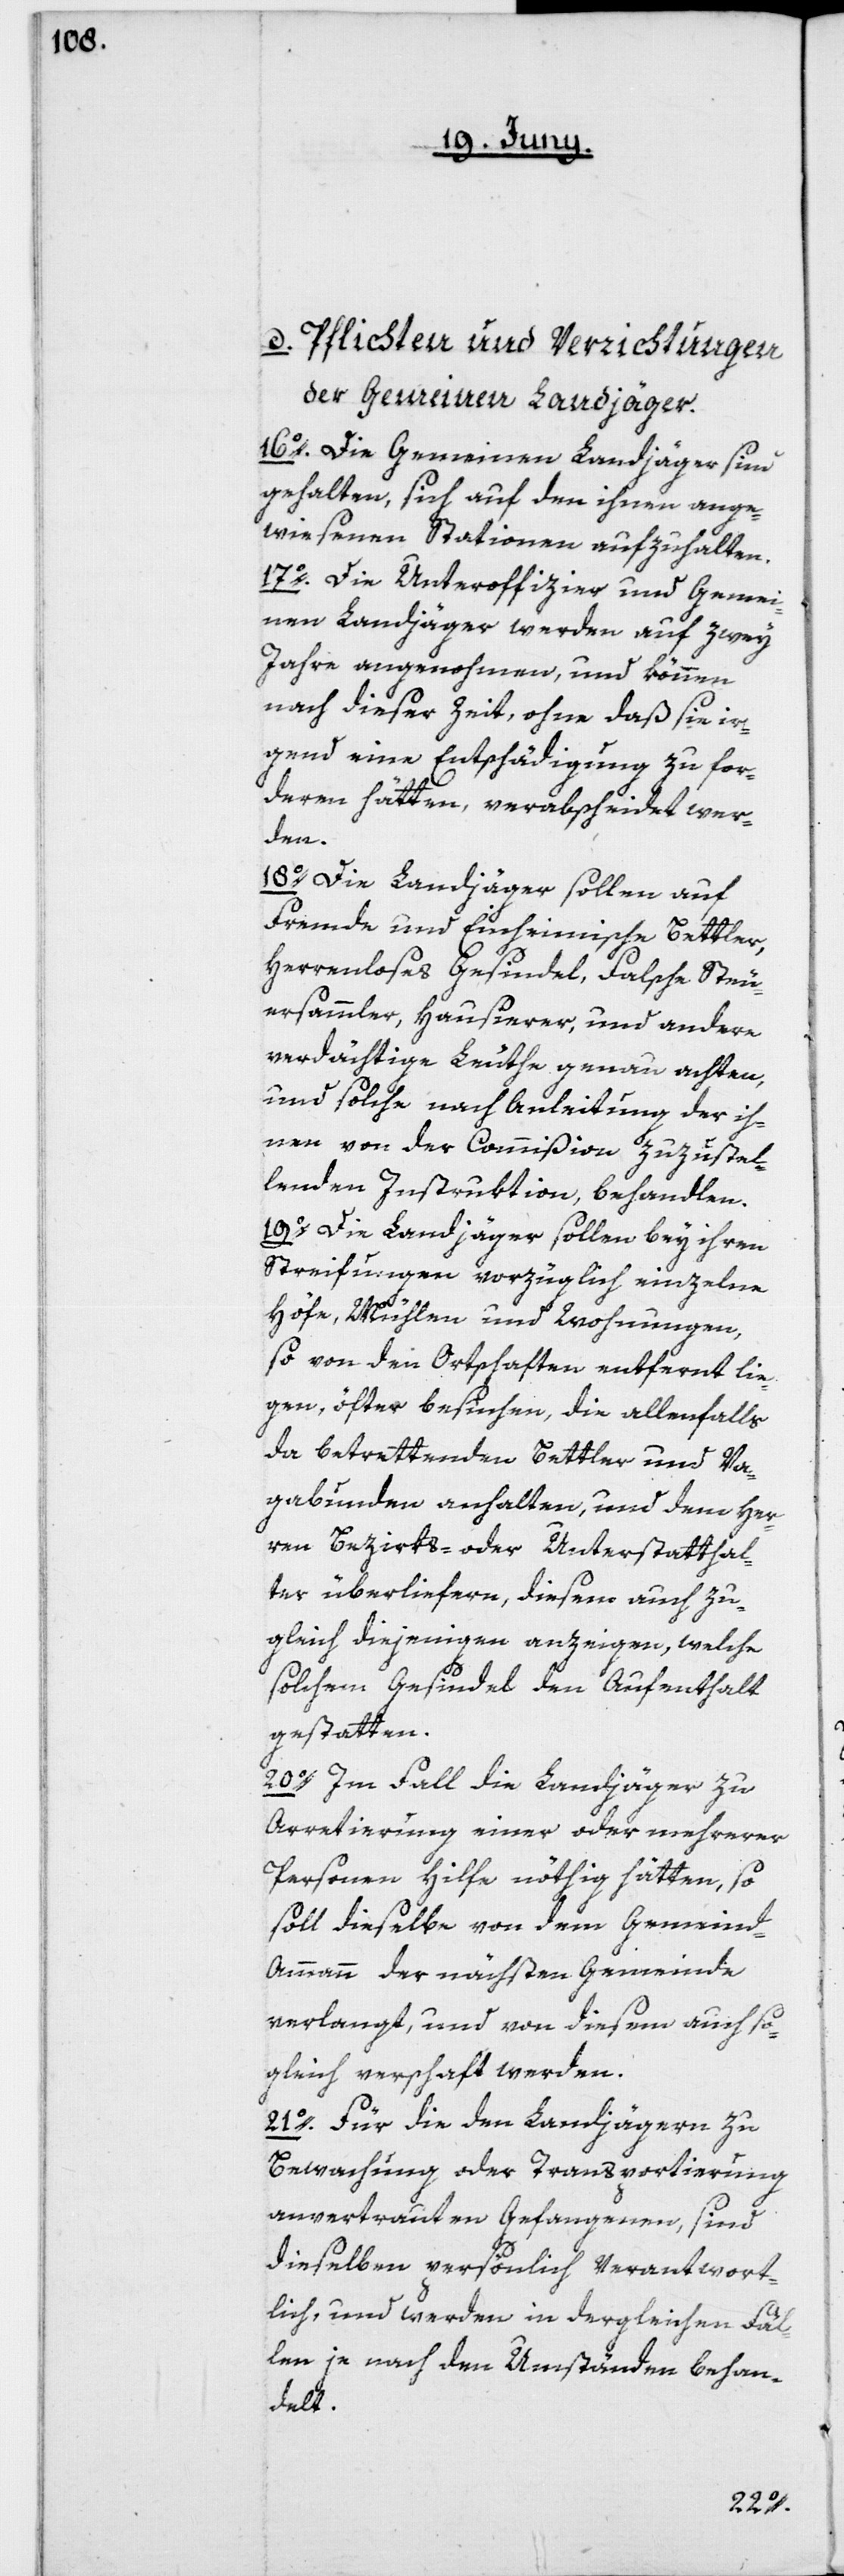
d. Pflichten und Verrichtungen
der Gemeinen Landjäger.
16o. Die Gemeinen Landjäger sind
gehalten, sich auf den ihnen ange¬
wiesenen Stationen aufzuhalten.
17o. Die Unteroffizier und Gemei¬
nen Landjäger werden auf zwey
Jahre angenohmen, und können
nach dieser Zeit, ohne daß sie ir¬
gend eine Entschädigung zu for¬
deren hätten, verabscheidet wer¬
den.
18o. Die Landjäger sollen auf
Fremde und Einheimische Bettler,
Herrenloses Gesindel, Falsche Steu¬
ersammler, Hausierer, und andere
verdächtige Leuthe genau achten,
und solche nach Anleitung der ih¬
nen von der Commißion zuzustel¬
lenden Instruktion, behandlen.
19o. Die Landjäger sollen bey ihren
Streifungen vorzüglich einzelne
Höfe, Mühlen und Wohnungen,
so von den Ortschaften entfernt lie¬
gen, öfter besuchen, die allenfalls
da betrettenden Bettler und Va¬
gabunden anhalten, und dem Her¬
ren Bezirks- oder Unterstatthal¬
ter überliefern, diesem auch zu¬
gleich diejenigen anzeigen, welche
solchem Gesindel den Aufenthalt
gestatten.
20o. Im Fall die Landjäger zu
Arretierung einer oder mehrerer
Personen Hilfe nöthig hätten, so
soll dieselbe von dem Gemeind-A¬
mmann der nächsten Gemeinde
verlangt, und von diesem auch so¬
gleich verschaft werden.
21o. Für die den Landjägern zu
Bewachung oder Transportierung
anvertrauten Gefangenen, sind
dieselben persönlich verantwort¬
lich, und werden in dergleichen Fäl¬
len je nach den Umständen behan¬
delt.